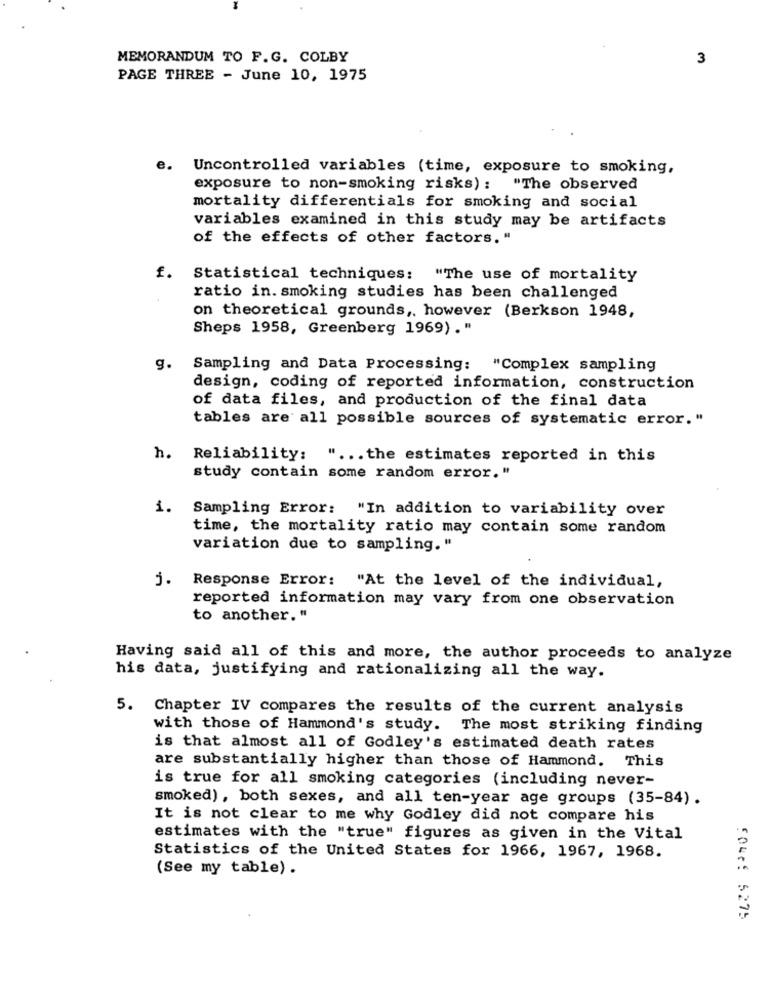
MEMORANDUM TO F.G. COLBY
3
PAGE THREE - June 10, 1975
e.
Uncontrolled variables (time, exposure to smoking,
exposure to non-smoking risks): "The observed
mortality differentials for smoking and social
variables examined in this study may be artifacts
of the effects of other factors. "
f.
Statistical techniques: "The use of mortality
ratio in. smoking studies has been challenged
on theoretical grounds ,, however (Berkson 1948,
Sheps 1958, Greenberg 1969) ."
g.
Sampling and Data Processing: "Complex sampling
design, coding of reported information, construction
of data files, and production of the final data
tables are all possible sources of systematic error. "
h. Reliability: " ... the estimates reported in this
study contain some random error."
i. Sampling Error: "In addition to variability over
time, the mortality ratio may contain some random
variation due to sampling."
j. Response Error: "At the level of the individual,
reported information may vary from one observation
to another."
Having said all of this and more, the author proceeds to analyze
his data, justifying and rationalizing all the way.
5. Chapter IV compares the results of the current analysis
with those of Hammond's study. The most striking finding
is that almost all of Godley's estimated death rates
are substantially higher than those of Hammond. This
is true for all smoking categories (including never-
smoked), both sexes, and all ten-year age groups (35-84).
It is not clear to me why Godley did not compare his
estimates with the "true" figures as given in the Vital
Statistics of the United States for 1966, 1967, 1968.
(See my table) .
FOuc: 5275